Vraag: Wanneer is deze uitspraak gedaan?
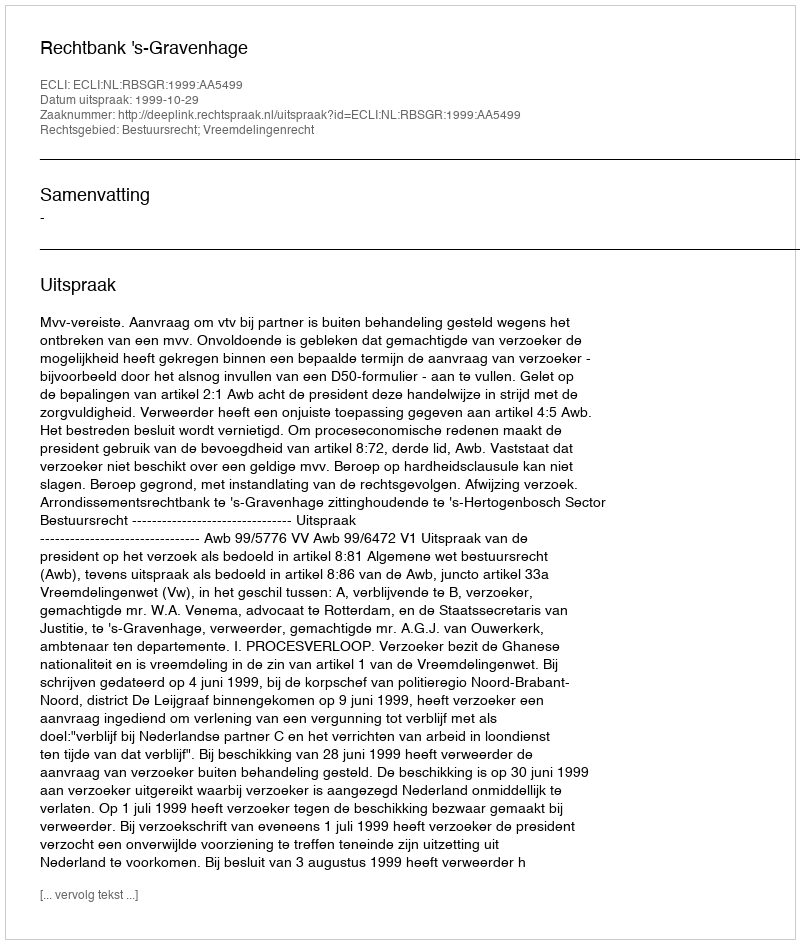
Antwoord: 1999-10-29